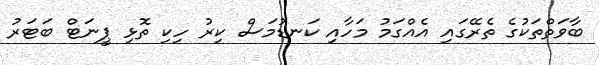
ބާވަތްތަކުގެ ތެރޭގައި އެއްގަމު މަހާއި ކަނޑުމަސް ކިރު ހިކި ތޮޅި ޕީނަޓް ބަޓަރު